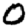
Digit: 0